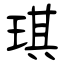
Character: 琪